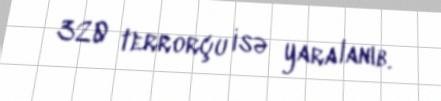
320 terrorçu isə yaralanıb.